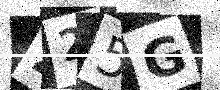
Text: 225G